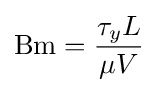
\mathrm {Bm} ={\frac {\tau _{y}L}{\mu V}}